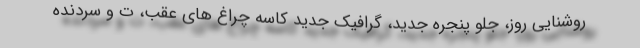
روشنایی روز، جلو پنجره جدید، گرافیک جدید کاسه چراغ های عقب، ت و سردنده